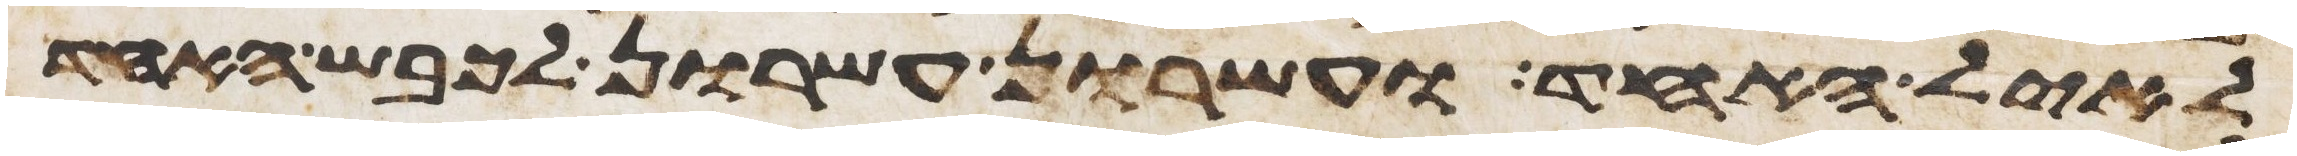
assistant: לאיל האחד ועשרון עשרון לכבש האחד